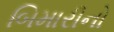
બિમારીનો